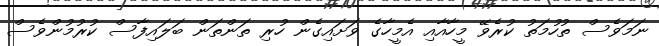
ނަމަވެސް ތުހުމަތު ކުރެވޭ މީހާއާއި އެމީހާގެ ވަށައިގެން ހުރި ތަންތަން ބަލައިފާސް ކުރުމުންވެސް